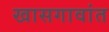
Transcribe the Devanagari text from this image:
खासगावांत